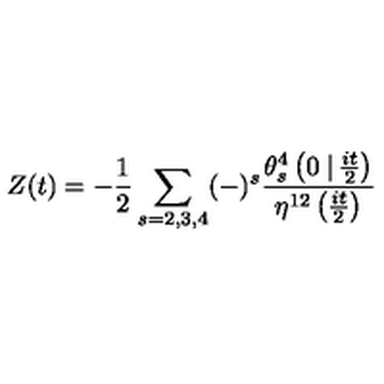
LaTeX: Z ( t ) = - { \frac { 1 } { 2 } } \sum _ { s = 2 , 3 , 4 } ( - ) ^ { s } { \frac { \theta _ { s } ^ { 4 } \left( 0 \left. \right| { \frac { i t } { 2 } } \right) } { \eta ^ { 1 2 } \left( { \frac { i t } { 2 } } \right) } }